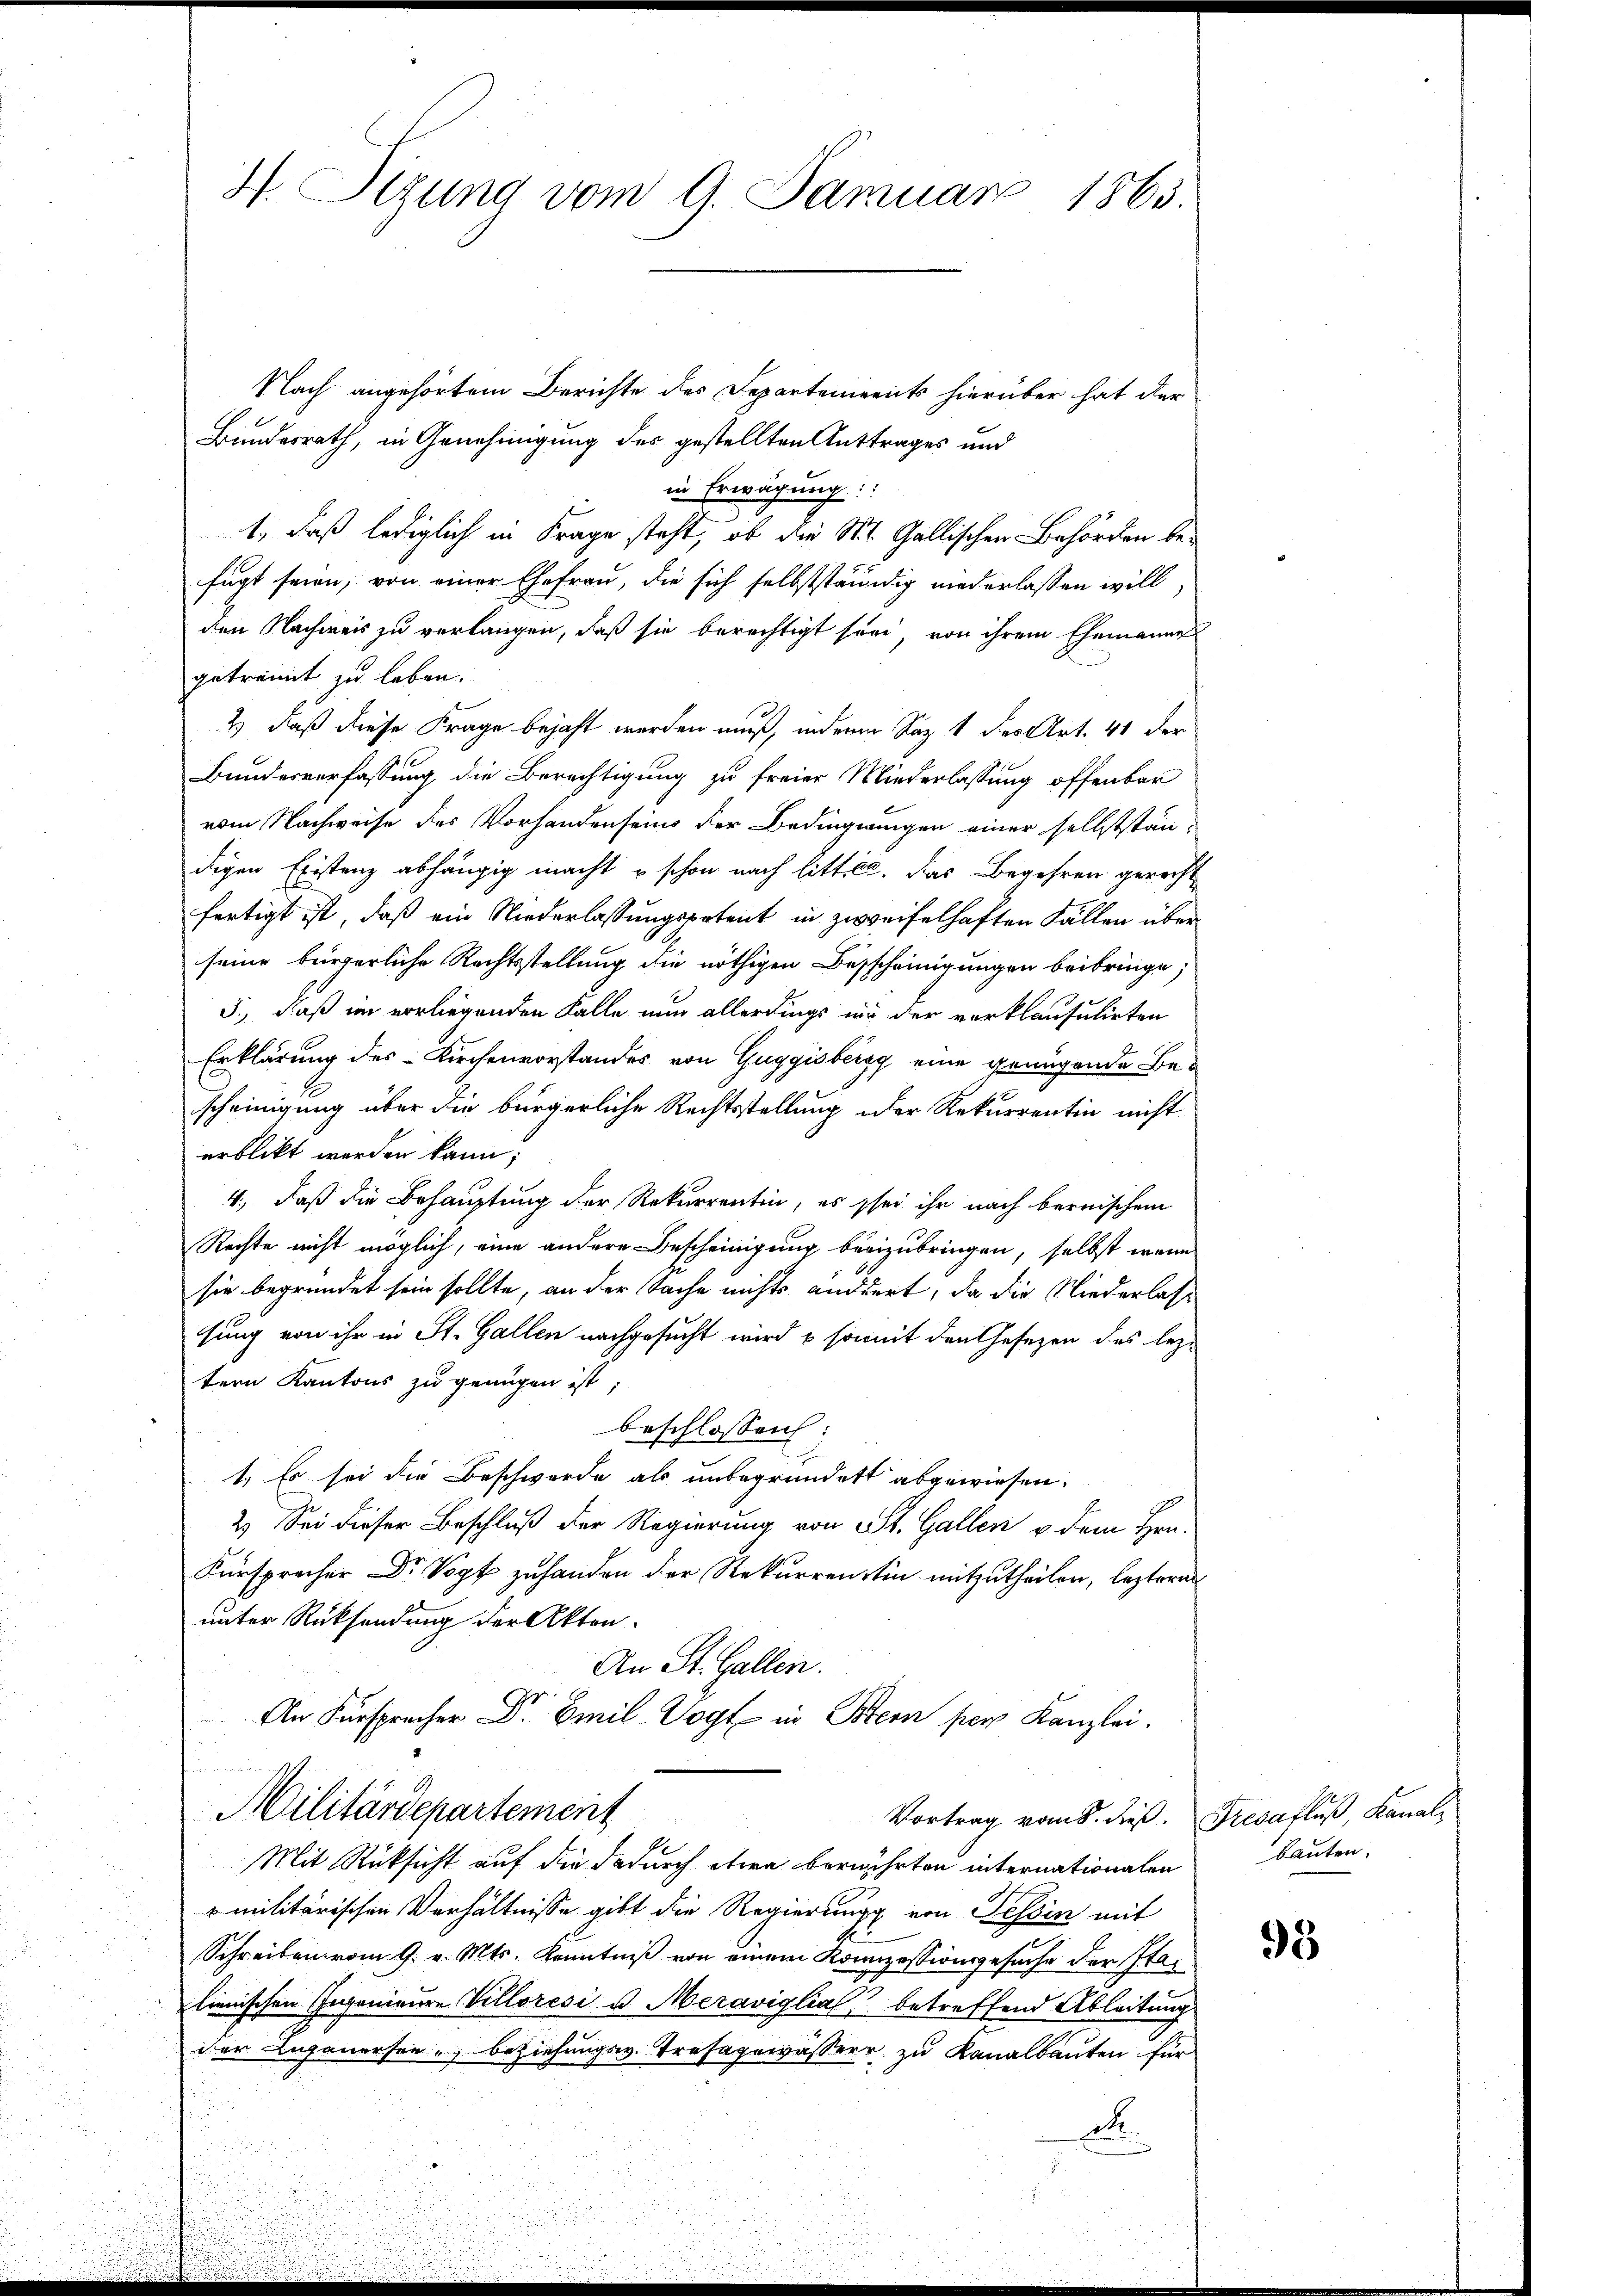
H. Sizung vom 9. Januar 1865.

Nach angehörtem Berichte des Departements hierüber hat der
Bundesrath, in Genehmigung des gestellten Anttrages und
in Erwägung:
1., daß lediglich in Frage steht, ob die St. Gallischen Behörden befügt seien, von einer Ehefrau, die sich selbstständig niederlassen will,
den Nachweis zu verlangen, daß sie berechtigt sein von ihrem Ehemanne
getrennt zu leben.
2) daß diese Frage bejaht werden muß, indem Saz 1 des Art. 41 der
Bundesverfassung die Berechtigung zu freier Niederlassung offenbar
vom Nachweise des Vorhandensein der Bedingungen einer selbstständigen Existenz abhängig macht u schon nach litt ca. Das Begehren gerecht
fertigt ist, daß ein Niederlassungspatent in zweifelhaften Fällen über
seine bürgerliche Rechtsstellung die nöthigen Besscheinigungen beibringe,
3., daß im vorliegenden Falle nun allerdings mir der verklausulirten
Erklärung des Kirchenvorstandes von Guggisbergg eine genügende Bescheinigung über die bürgerliche Rechtsstellung oder Rekurrentin nicht
erblickt werden kann;
4., daß die Behauptung der Rekurrentin, es sei ihr nach bernischen
Rechte nicht möglich, eine andere Bescheinigung beeizubringen, selbst wenn
sie begründet sein sollte, an der Sache nichts ändert, da die Niederlass
sung von ihr in St. Gallen nachgesucht wird & somit den Gesezen des lezt
tern Kantons zu genügen ist;
beschlossen:
1.) Es sei die Beschwerde als unbegründett abgewiesen.
2.) Sei dieser Beschluß der Regierung von St. Gallen v. dem Hrn.
Fürsprecher Dr Vogt zu handen der Rekurrentin mitzutheilen, lezteres
unter Rücksendung der Akten
An St. Gallen.
An Fürspracher Dr. Emil Vogt in Bern per Kanzlei.
Militärdepartement
Vortrag vom 8. dieß. Fresafluß, Kanal¬
Mit Rücksicht auf die dadurch etwa berührten internationalen
 militärischen Verhältnisse gibt die Regierung von Tessin mit
Schreiben vom 9. v. Mts. Kenntniß von einem Konzessionsgesuche der Stalienischen Gegenieure Villoresi u Meraviglia betreffend Ableitung
der Luganersen - beziehungsw. Trefagewasserr zu Kanalbauten für
d

bauten.

93